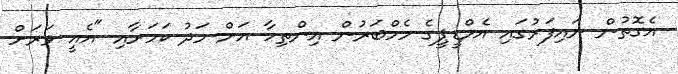
އެގޮތުން ނައިފަރުގައި އެމްޑީޕީގެ މެމްބަރުން އިންތިހާ އަށް މަދު ކަމަށާއި "އެއީ ވަރަށް